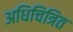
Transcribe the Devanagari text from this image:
अधिचित्रित